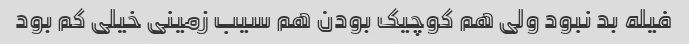
فیله بد نبود ولی هم کوچیک بودن هم سیب زمینی خیلی کم بود